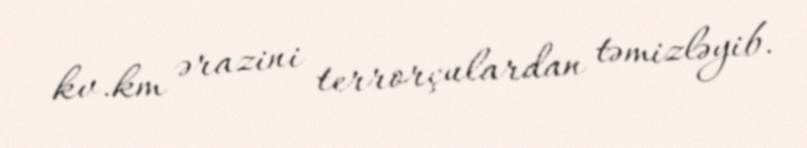
kv.km ərazini terrorçulardan təmizləyib.